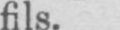
fils.